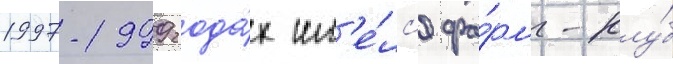
1997-1999 года́х им'е́лс'я фа́рм-клу́б